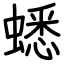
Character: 蟋